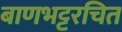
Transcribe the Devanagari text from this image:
बाणभट्टरचित